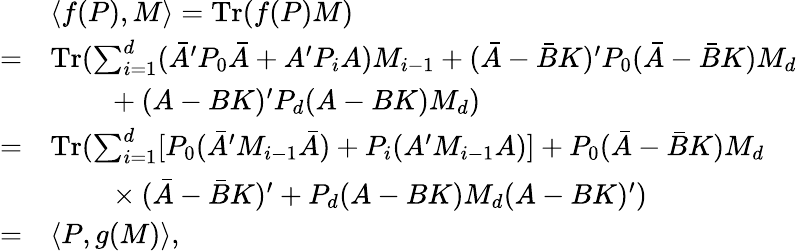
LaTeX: \begin{array}{rl}&{\langle f(P),M\rangle=\mathrm{Tr}(f(P)M)}\\ {=}&{\mathrm{Tr}(\sum_{i=1}^{d}(\bar{A}^{\prime}P_{0}\bar{A}+A^{\prime}P_{i}A)M_{i-1}+(\bar{A}-\bar{B}K)^{\prime}P_{0}(\bar{A}-\bar{B}K)M_{d}}\\ &{~~~~~~~~+(A-BK)^{\prime}P_{d}(A-BK)M_{d})}\\ {=}&{\mathrm{Tr}(\sum_{i=1}^{d}[P_{0}(\bar{A}^{\prime}M_{i-1}\bar{A})+P_{i}(A^{\prime}M_{i-1}A)]+P_{0}(\bar{A}-\bar{B}K)M_{d}}\\ &{~~~~~~~~\times(\bar{A}-\bar{B}K)^{\prime}+P_{d}(A-BK)M_{d}(A-BK)^{\prime})}\\ {=}&{\langle P,g(M)\rangle,}\end{array}